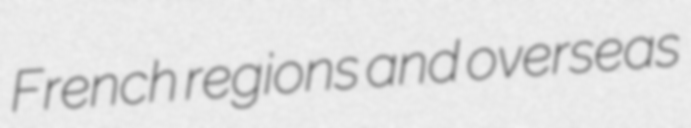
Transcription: French regions and overseas